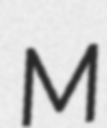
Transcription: M